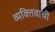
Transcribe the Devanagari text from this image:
व्यक्‍तिवाची